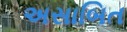
અસાબિત